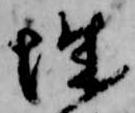
城